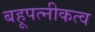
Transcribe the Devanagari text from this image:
बहूपत्नीकत्व